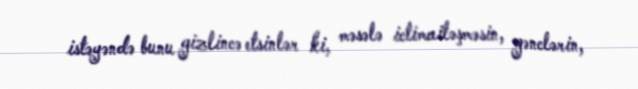
istəyəndə bunu gizlincə etsinlər ki, məsələ ictimailəşməsin, gənclərin,